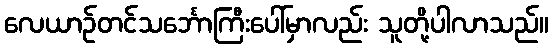
လေယာဉ်တင်သင်္ဘောကြီးပေါ်မှာလည်း သူတို့ပါလာသည်။